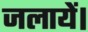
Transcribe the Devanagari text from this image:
जलायें।